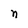
Character: n